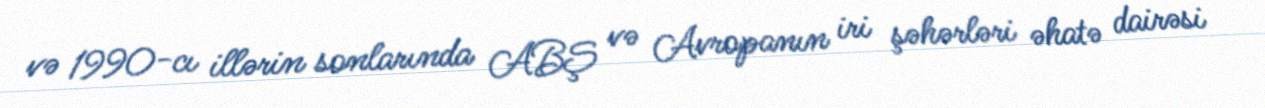
və 1990-cı illərin sonlarında ABŞ və Avropanın iri şəhərləri əhatə dairəsi